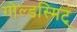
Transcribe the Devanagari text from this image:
गोल्डस्मिट्